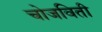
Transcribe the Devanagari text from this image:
चोजविती